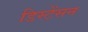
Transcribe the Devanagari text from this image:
डिस्टेंसन